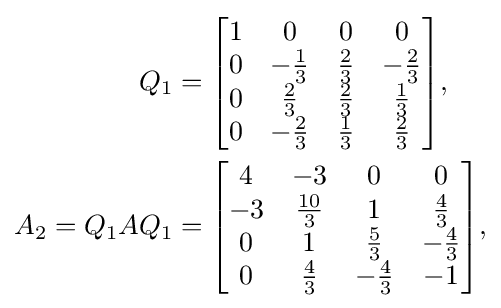
{\begin{aligned}Q_{1}&={\begin{bmatrix}1&0&0&0\\0&-{\frac {1}{3}}&{\frac {2}{3}}&-{\frac {2}{3}}\\0&{\frac {2}{3}}&{\frac {2}{3}}&{\frac {1}{3}}\\0&-{\frac {2}{3}}&{\frac {1}{3}}&{\frac {2}{3}}\end{bmatrix}},\\A_{2}=Q_{1}AQ_{1}&={\begin{bmatrix}4&-3&0&0\\-3&{\frac {10}{3}}&1&{\frac {4}{3}}\\0&1&{\frac {5}{3}}&-{\frac {4}{3}}\\0&{\frac {4}{3}}&-{\frac {4}{3}}&-1\end{bmatrix}},\end{aligned}}